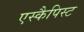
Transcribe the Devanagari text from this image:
एस्कैपिस्ट